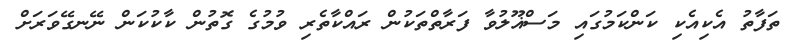
ތަފާތު އެކިއެކި ކަންކަމުގައި މަސްޣޫލުވާ ފަރާތްތަކުން ރައްކާތެރި ވުމުގެ ގޮތުން ކާކުކަން ނޭނގޭވަރަށް